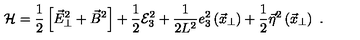
{ \cal H } = \frac { 1 } { 2 } \left[ \vec { E } _ { \bot } ^ { 2 } + \vec { B } ^ { 2 } \right] + \frac { 1 } { 2 } { \cal E } _ { 3 } ^ { 2 } + \frac { 1 } { 2 L ^ { 2 } } e _ { 3 } ^ { 2 } \left( \vec { x } _ { \perp } \right) + \frac { 1 } { 2 } \vec { \eta } ^ { 2 } \left( \vec { x } _ { \perp } \right) \ .